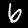
Label: 6